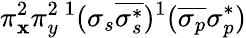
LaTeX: \pi_{\mathbf{x}}^{2}\pi_{y}^{2}{}\, ^{1}(\sigma_{s}\overline{{{\sigma_{s}^{*}}}})^{1}(\overline{{{\sigma_{p}}}}\sigma_{p}^{*})